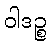
ဝါဒဉ္စ